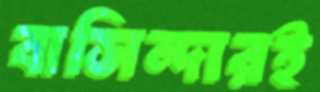
বাসিন্দারই